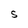
Character: S